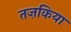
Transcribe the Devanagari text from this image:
तज़किया